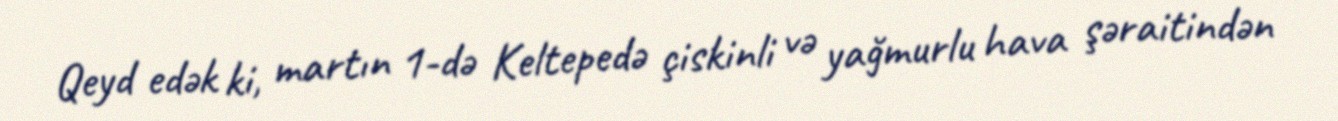
Qeyd edək ki, martın 1-də Keltepedə çiskinli və yağmurlu hava şəraitindən